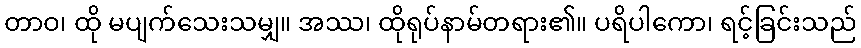
တာဝ၊ ထို မပျက်သေးသမျှ။ အဿ၊ ထိုရုပ်နာမ်တရား၏။ ပရိပါကော၊ ရင့်ခြင်းသည်